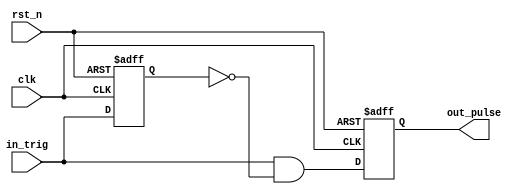
`timescale 1ns / 1ps

module one_pulse(
    clk,
    rst_n,
    in_trig,
    out_pulse
);
input clk;
input rst_n;
input in_trig;
output out_pulse;
reg out_pulse;

reg in_trig_delay;

always @(posedge clk or negedge rst_n)
    if (~rst_n)
        in_trig_delay <= 1'b0;
    else
        in_trig_delay <= in_trig;

assign out_pulse_next = in_trig & (~in_trig_delay);

always @(posedge clk or negedge rst_n)
    if (~rst_n)
        out_pulse <= 1'b0;
    else
        out_pulse <= out_pulse_next;

endmodule